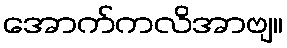
အောက်ကလိအာဗျ။